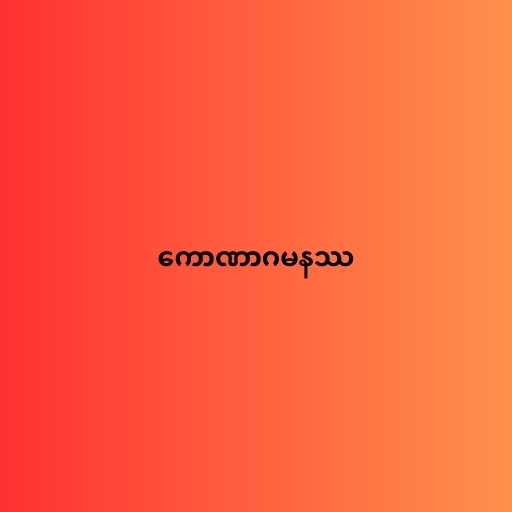
ကောဏာဂမနဿ